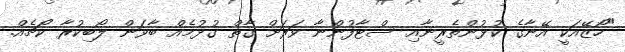
"ހޯޒޭއަކީ އޭނާގެ ކުޅުންތެރީނާއި ސްޓާފުންނާ ވަރަށް ގާތް ގުޅުމެއް ބާވަން ލޯބިކުރާ ކޯޗެއް.